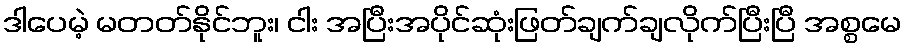
ဒါပေမဲ့ မတတ်နိုင်ဘူး၊ ငါး အပြီးအပိုင်ဆုံးဖြတ်ချက်ချလိုက်ပြီးပြီ အစ္စမေ